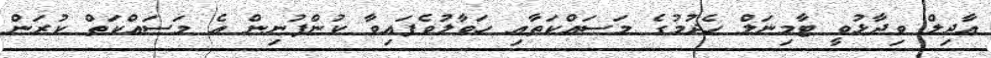
އާދިލް ވިދާޅުވީ ޓާމިނަލް ހެދުމުގެ މަަސައްކަތާއި ހަވާލުވެފައިވާ ކުންފުނިން އެ މަސައްކަތް ކުރަން